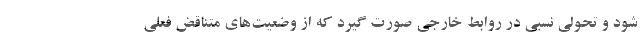
شود و تحولي نسبي در روابط خارجي صورت گيرد كه از وضعيت‌هاي متناقض فعلي